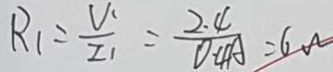
R _ { 1 } = \frac { V _ { 1 } } { I _ { 1 } } = \frac { 2 . 4 } { 0 . 4 A } = 6 . A